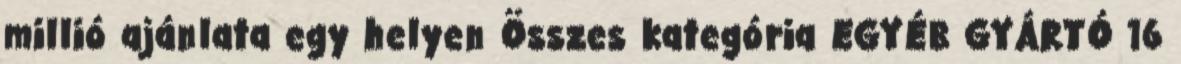
millió ajánlata egy helyen Összes kategória EGYÉB GYÁRTÓ 16